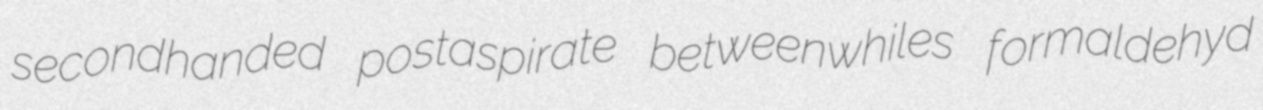
secondhanded postaspirate betweenwhiles formaldehyd